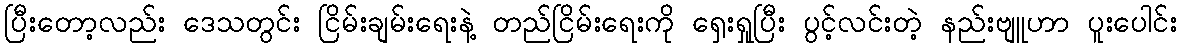
ပြီးတော့လည်း ဒေသတွင်း ငြိမ်းချမ်းရေးနဲ့ တည်ငြိမ်းရေးကို ရှေးရှုပြီး ပွင့်လင်းတဲ့ နည်းဗျူဟာ ပူးပေါင်း